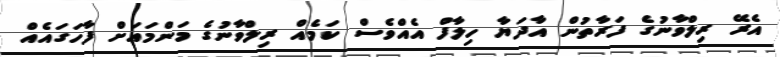
އެރޭ ރިލްވާނުގެ ފަރާތުން އާދަޔާ ހިލާފް އެއްވެސް ކަމެއް ރިލްވާނުގެ މަންމައަށް ފާހަގައެއް